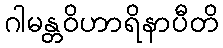
ဂါမန္တဝိဟာရိနာပီတိ